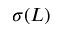
\sigma ( L )